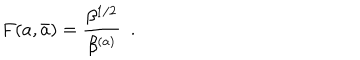
LaTeX: F ( a , \bar { a } ) = { \frac { \beta ^ { 1 / 2 } } { \beta ^ { ( a ) } } } \ \ .